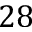
2 8